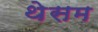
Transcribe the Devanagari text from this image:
थेसम